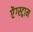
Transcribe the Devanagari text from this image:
ऐंग्स्ट्राम